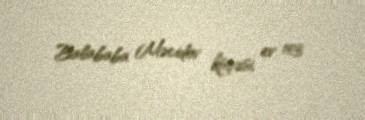
Balababa Məcidov küçəsi, ev 103